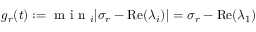
\begin{array} { r } { g _ { r } ( t ) : = \mathrm { ~ m ~ i ~ n ~ } _ { i } | \sigma _ { r } - \operatorname { R e } ( \lambda _ { i } ) | = \sigma _ { r } - \operatorname { R e } ( \lambda _ { 1 } ) } \end{array}